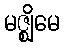
မဇ္ဈိမေ